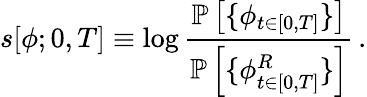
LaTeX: {s}[{\phi};0,T]\equiv\log\frac{\mathbb{P}\left[\{ {\phi}_{t\in[0,T]}\} \right]}{\mathbb{P}\left[\{ {\phi}_{t\in[0,T]}^{R}\} \right]}\, .